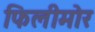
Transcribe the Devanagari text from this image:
फिलीमोर